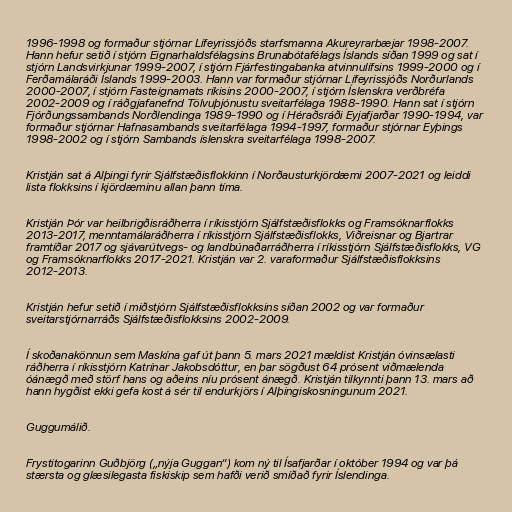
1996-1998 og formaður stjórnar Lífeyrissjóðs starfsmanna Akureyrarbæjar 1998-2007.
Hann hefur setið í stjórn Eignarhaldsfélagsins Brunabótafélags Íslands síðan 1999 og sat í
stjórn Landsvirkjunar 1999-2007, í stjórn Fjárfestingabanka atvinnulífsins 1999-2000 og í
Ferðamálaráði Íslands 1999-2003. Hann var formaður stjórnar Lífeyrissjóðs Norðurlands
2000-2007, í stjórn Fasteignamats ríkisins 2000-2007, í stjórn Íslenskra verðbréfa
2002-2009 og í ráðgjafanefnd Tölvuþjónustu sveitarfélaga 1988-1990. Hann sat í stjórn
Fjórðungssambands Norðlendinga 1989-1990 og í Héraðsráði Eyjafjarðar 1990-1994, var
formaður stjórnar Hafnasambands sveitarfélaga 1994-1997, formaður stjórnar Eyþings
1998-2002 og í stjórn Sambands íslenskra sveitarfélaga 1998-2007.

Kristján sat á Alþingi fyrir Sjálfstæðisflokkinn í Norðausturkjördæmi 2007-2021 og leiddi
lista flokksins í kjördæminu allan þann tíma.

Kristján Þór var heilbrigðisráðherra í ríkisstjórn Sjálfstæðisflokks og Framsóknarflokks
2013-2017, menntamálaráðherra í ríkisstjórn Sjálfstæðisflokks, Viðreisnar og Bjartrar
framtíðar 2017 og sjávarútvegs- og landbúnaðarráðherra í ríkisstjórn Sjálfstæðisflokks, VG
og Framsóknarflokks 2017-2021. Kristján var 2. varaformaður Sjálfstæðisflokksins
2012-2013.

Kristján hefur setið í miðstjórn Sjálfstæðisflokksins síðan 2002 og var formaður
sveitarstjórnarráðs Sjálfstæðisflokksins 2002-2009.

Í skoðanakönnun sem Maskína gaf út þann 5. mars 2021 mældist Kristján óvinsælasti
ráðherra í ríkisstjórn Katrínar Jakobsdóttur, en þar sögðust 64 prósent viðmælenda
óánægð með störf hans og aðeins níu prósent ánægð. Kristján tilkynnti þann 13. mars að
hann hygðist ekki gefa kost á sér til endurkjörs í Alþingiskosningunum 2021.

Guggumálið.

Frystitogarinn Guðbjörg („nýja Guggan“) kom ný til Ísafjarðar í október 1994 og var þá
stærsta og glæsilegasta fiskiskip sem hafði verið smíðað fyrir Íslendinga.